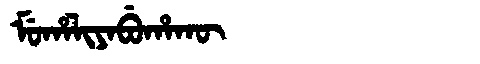
Manchu: ᠮᡠᡥᠠᠯᡳᠶᠠᠪᡠᡥᠠᡴᡡ
Romanization: MUHALIYABUHAKŪ